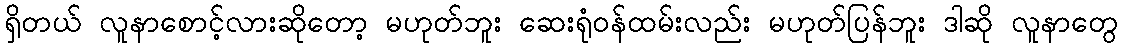
ရှိတယ် လူနာစောင့်လားဆိုတော့ မဟုတ်ဘူး ဆေးရုံဝန်ထမ်းလည်း မဟုတ်ပြန်ဘူး ဒါဆို လူနာတွေ